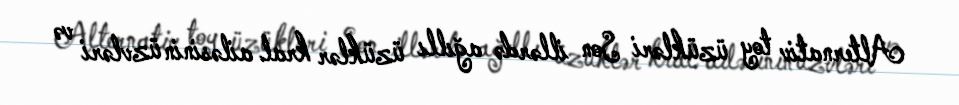
Alternativ toy üzükləri Son illərdə ağıllı üzüklər kral ailəsinin üzvləri və